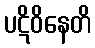
ပဋိဝိနေတိ